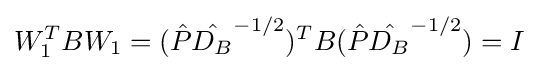
W_{1}^{T}BW_{1}=({\hat {P}}{\hat {D_{B}}}^{-1/2})^{T}B({\hat {P}}{\hat {D_{B}}}^{-1/2})=I